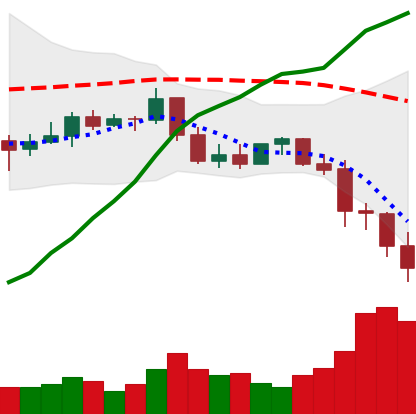
Ticker: BNB-USD
Chart end date: 2022-01-08
Forward return: 10.409%
Label: up_7plus